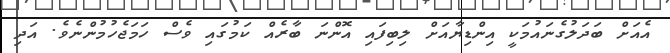
އެއަށް ބަދަލުގެނައުމަކީ އިންޑިޔާއަށް ލިބިފައި އޮންނަ ބާރެއް ކަމުގައި ވެސް ހަމަޖެހުމުންނެވެ. އަދި